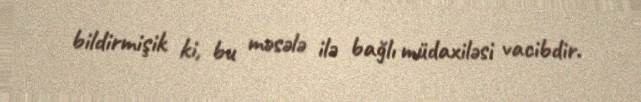
bildirmişik ki, bu məsələ ilə bağlı müdaxiləsi vacibdir.